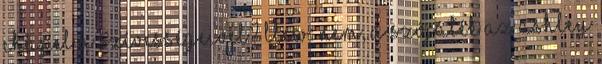
Chapel a szívességeivel? Llew: nem, a szójáték az Ashley